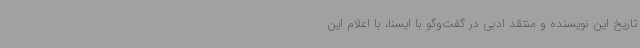
تاریخ این نویسنده و منتقد ادبی در گفت‌وگو با ایسنا، با اعلام این‌